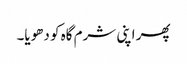
پھر اپنی شرم گاہ کو دھویا۔